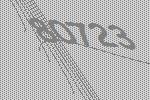
80723